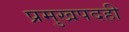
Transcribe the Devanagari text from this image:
प्रमुखपदही